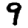
Digit: 9